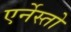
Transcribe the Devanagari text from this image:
एर्नेस्तो